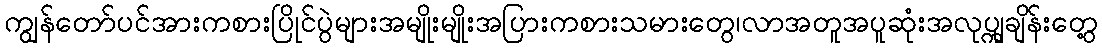
ကျွန်တော်ပင်အားကစားပြိုင်ပွဲများအမျိုးမျိုးအပြားကစားသမားတွေ၊လာအတူအပူဆုံးအလုပ္ကျချိန်းတွေ့